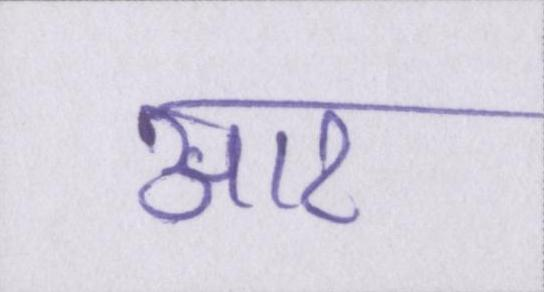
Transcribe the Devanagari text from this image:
आर